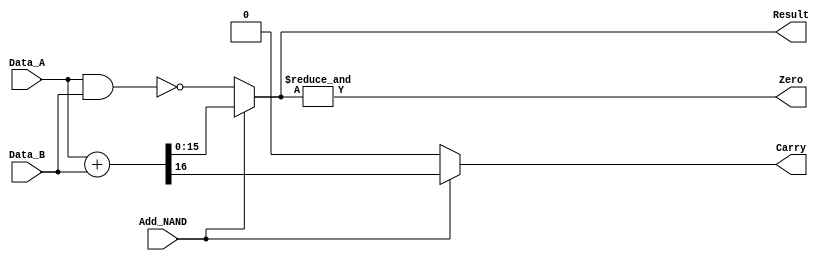
module ALU (Data_A, Data_B, Add_NAND, 

				Carry, Zero, Result);

//-------------------------------------------------- I/O Ports

input  [15:0] Data_A, Data_B;
input         Add_NAND;

output reg        Carry, Zero;
output reg [15:0] Result;

//-------------------------------------------------- Combinational Logic

always @(*)
begin

	if (Add_NAND)
		{Carry, Result} <= Data_A + Data_B;
	else
		begin
			Carry <= 1'b0;
			Result <= ~(Data_A & Data_B);
		end
		
	Zero <= &Result;
	
end

endmodule